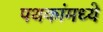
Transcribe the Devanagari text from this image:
पथकांमध्ये